Report of the Indian Hemp Drugs Commission, 1894-1895 - Volume I
Year: 1894
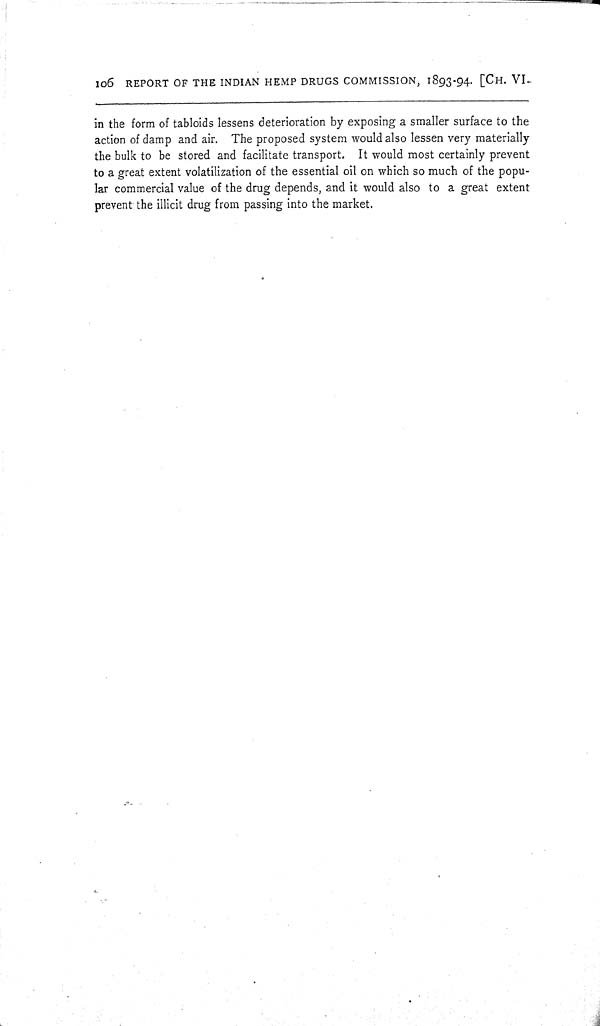
106 REPORT OF THE INDIAN HEMP DRUGS COMMISSION, 1893-94. [CH. VI.
in the form of tabloids lessens deterioration by exposing a smaller surface to the
action of damp and air. The proposed system would also lessen very materially
the bulk to be stored and facilitate transport. It would most certainly prevent
to a great extent volatilization of the essential oil on which so much of the popu¬
lar commercial value of the drug depends, and it would also to a great extent
prevent the illicit drug from passing into the market.